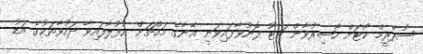
ސުޕްރީމް ކޯޓަށް ހާޟިރުވާން ޗިޓު ފޮނުވާފައިވަނީ އޭނާގެ މައްޗަށް އުފުލާފައިވާ ދައުވާތަކުގެ އަޑު